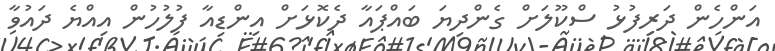
އަންހެން ދަރިފުޅު ސްކޫލަށް ގެންދިޔަ ބައްޕައާ ދެކޮޅަށް އިންޑިއާ ފުލުހުން އިއްޔެ ދައުވާ